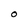
Character: O